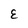
Character: E